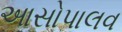
આસોપાલવ